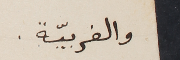
والغربيّة.